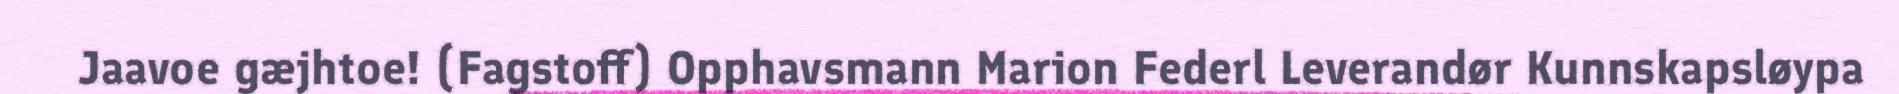
Jaavoe gæjhtoe! (Fagstoff) Opphavsmann Marion Federl Leverandør Kunnskapsløypa